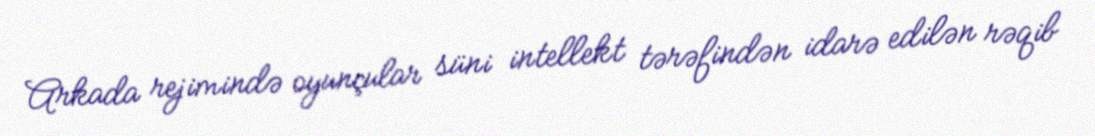
Arkada rejimində oyunçular süni intellekt tərəfindən idarə edilən rəqib